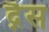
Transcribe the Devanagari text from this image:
द्गैस